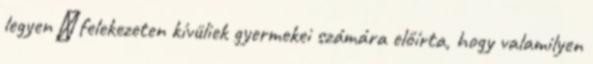
legyen → felekezeten kívüliek gyermekei számára előírta, hogy valamilyen